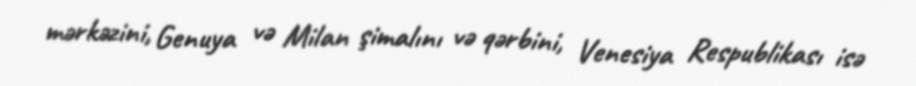
mərkəzini, Genuya və Milan şimalını və qərbini, Venesiya Respublikası isə